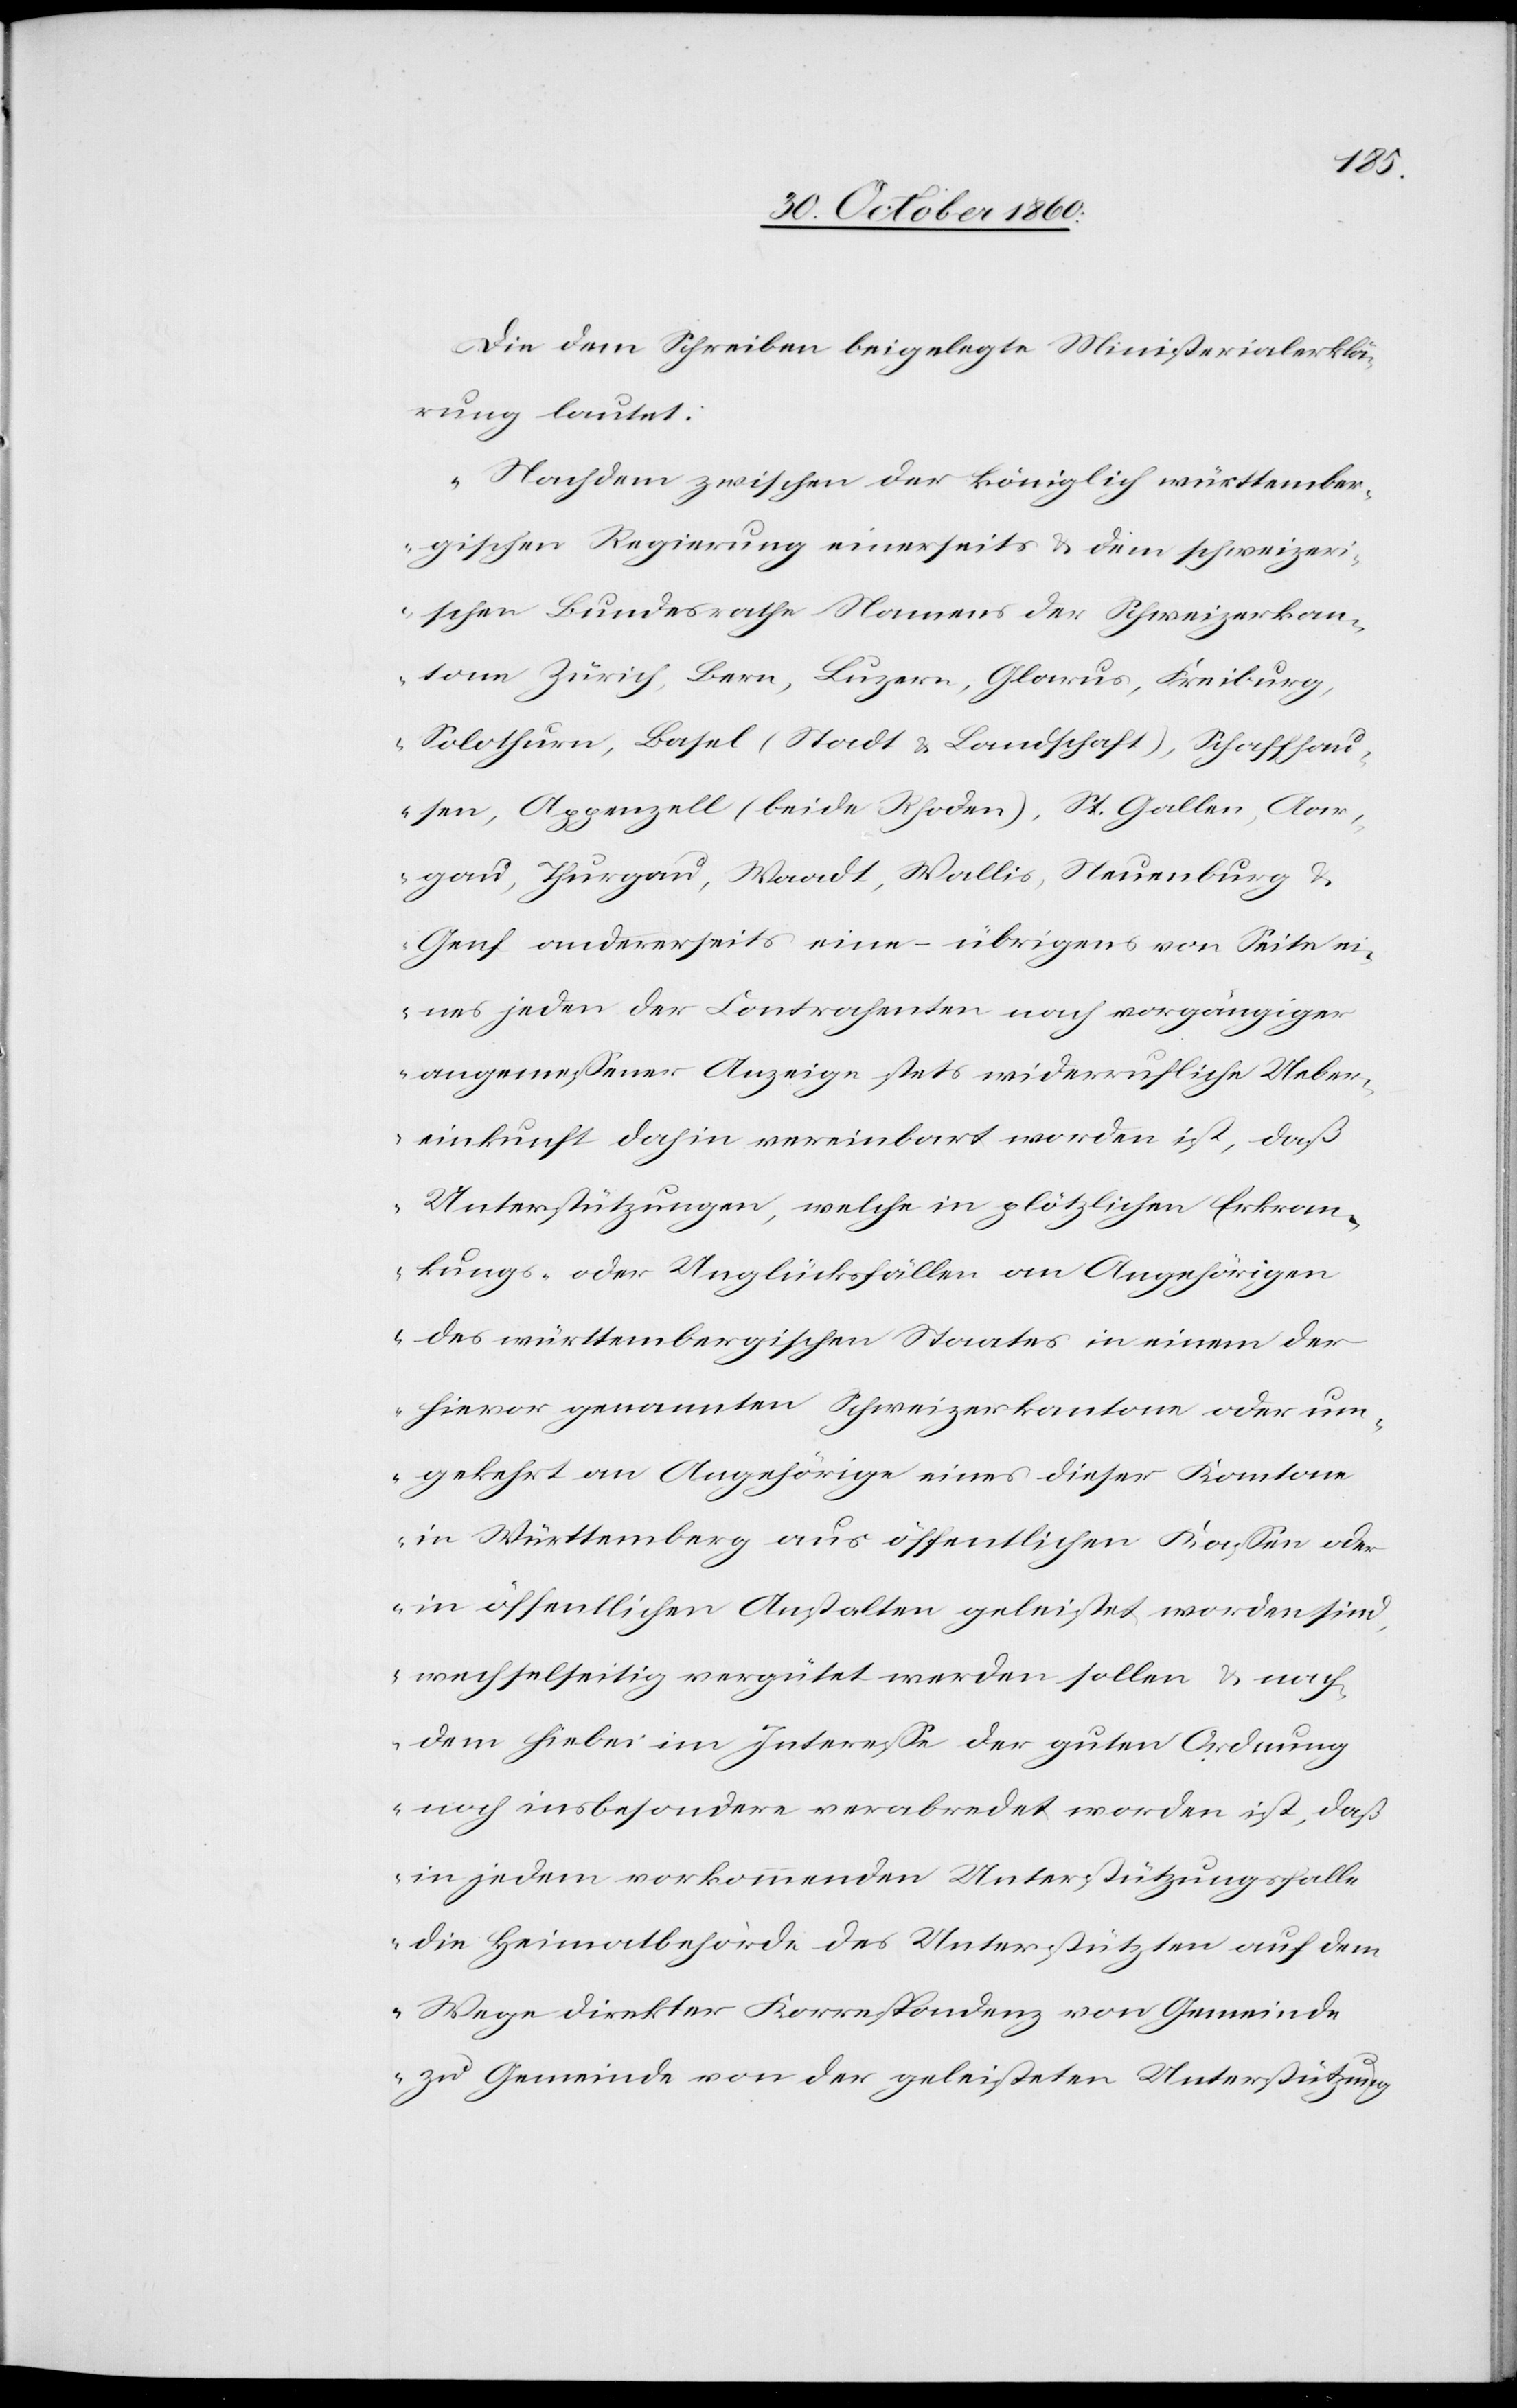
Die dem Schreiben beigelegte Ministerialerklä¬
rung lautet:
„Nachdem zwischen der königlich württember¬
gischen Regierung einerseits u. dem schweizeri¬
schen Bundesrathe Namens der Schweizerkan¬
tone Zürich, Bern, Luzern, Glarus, Freiburg,
Solothurn, Basel (Stadt u. Landschaft), Schaffhau¬
sen, Appenzell (beide Rhoden), St. Gallen, Aar¬
gau, Thurgau, Waadt, Wallis, Neuenburg u.
Genf andererseits eine übrigens von Seite ei¬
nes jeden der Contrahenten nach vorgängiger
angemessener Anzeige stets widerrufliche Ueber¬
einkunft dahin vereinbart worden ist, daß
Unterstützungen, welche in plötzlichen Erkran¬
kungs- oder Unglücksfällen an Angehörigen
des württembergischen Staates in einem der
hievor genannten Schweizerkantonen oder um¬
gekehrt an Angehörige eines dieser Kantone
in Württemberg aus öffentlichen Kassen oder
in öffentlichen Anstalten geleistet worden sind,
wechselseitig vergütet werden sollen u. nach¬
dem hiebei im Interesse der guten Ordnung
noch insbesondere verabredet worden ist, daß
in jedem vorkommenden Unterstützungsfalle
die Heimatbehörde des Unterstützten auf dem
Wege direkter Korrespondenz von Gemeinde
zu Gemeinde von der geleisteten Unterstützung